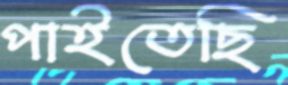
পাইতেছি